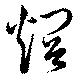
烱